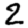
Digit: 2